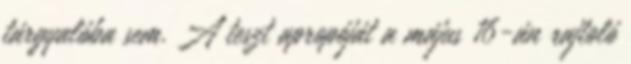
tárgyalóba sem. A teszt apropóját a május 16-án rajtoló